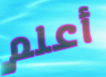
أعلم